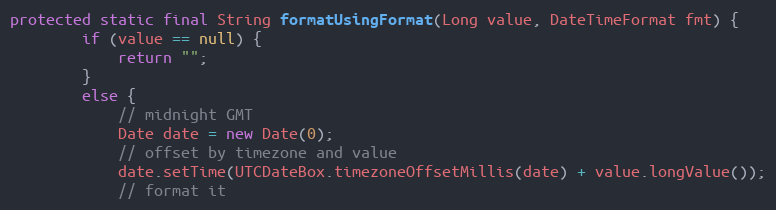
Language: Java
protected static final String formatUsingFormat(Long value, DateTimeFormat fmt) {
        if (value == null) {
            return "";
        }
        else {
            // midnight GMT
            Date date = new Date(0);
            // offset by timezone and value
            date.setTime(UTCDateBox.timezoneOffsetMillis(date) + value.longValue());
            // format it